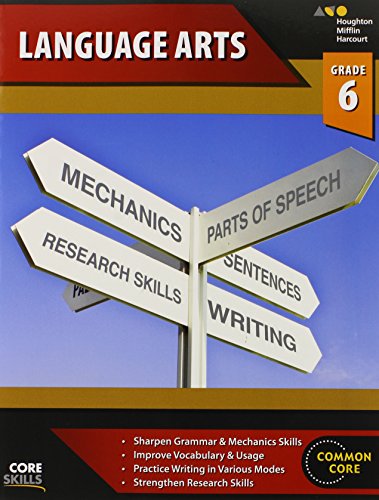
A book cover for Steck-Vaughn Core Skills Language Arts: Workbook Grade 6; STECK-VAUGHN; Sports & Outdoors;